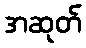
အဆုတ်